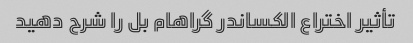
تأثیر اختراع الکساندر گراهام بل را شرح دهید